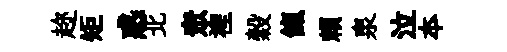
趂矩惑北衆裡穀餼賴泉泣夲